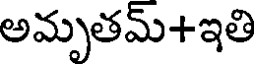
అమృతమ్+ఇతి